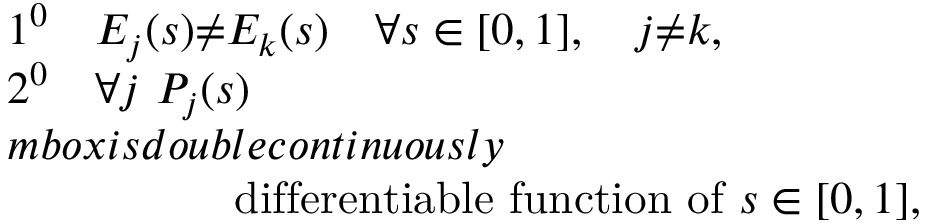
\begin{array} { l } { { 1 ^ { 0 } \quad E _ { j } ( s ) { \neq } E _ { k } ( s ) \quad \forall s \in [ 0 , 1 ] , \quad j { \neq } k , } } \\ { { 2 ^ { 0 } \quad \forall j \ P _ { j } ( s ) } } \\ { { m b o x { i s d o u b l e c o n t i n u o u s l y } } } \\ { { \qquad \qquad \quad \mathrm { d i f f e r e n t i a b l e ~ f u n c t i o n ~ o f } \ s \in [ 0 , 1 ] , } } \end{array}